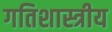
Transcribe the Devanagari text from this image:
गतिशास्त्रीय